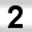
Digit: 2